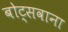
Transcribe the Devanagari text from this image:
बोट्सवाना